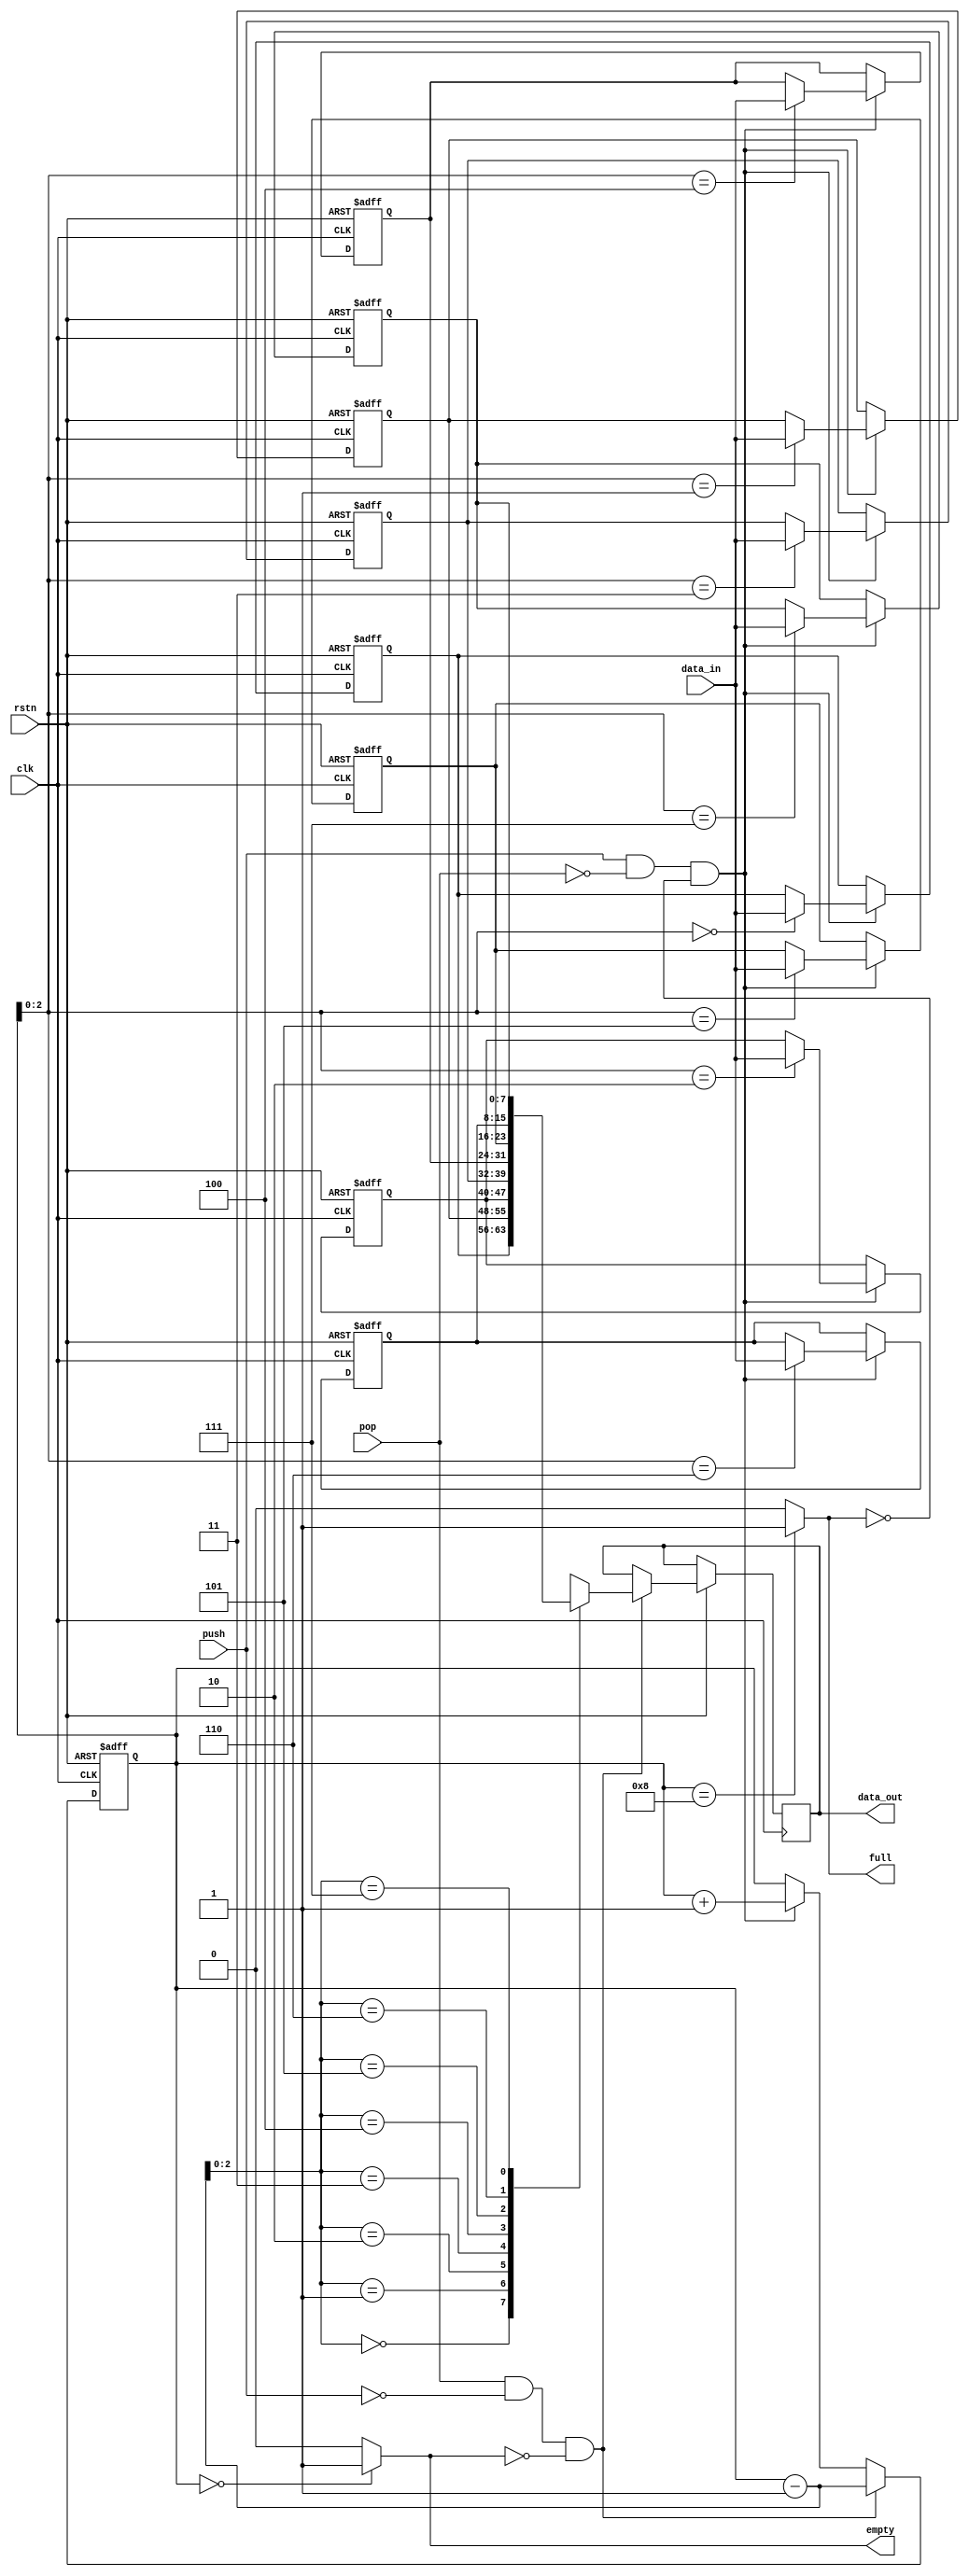
module Stack (rstn,
              data_in,
              push,
              pop,
              clk,
              data_out,
              full,
              empty);
    
    parameter STACK_DEPTH = 8;
    parameter WORD_LEN    = 8;
    
    input wire rstn, push, pop, clk;
    input wire[WORD_LEN-1:0] data_in;
    output full, empty;
    output reg [WORD_LEN-1:0] data_out;
    
    reg[$clog2(STACK_DEPTH):0] stack_ptr;
    reg[WORD_LEN-1:0] memory [0:STACK_DEPTH-1];
    
    assign empty = (stack_ptr == 0) ? 1'b1 : 1'b0;
    assign full  = (stack_ptr == STACK_DEPTH) ? 1'b1 : 1'b0;
    
    wire [WORD_LEN-1:0]top = memory[stack_ptr-1];
    
    // stack reset
    task reset_memory;
        integer i;
        begin
            for (i = 0; i < STACK_DEPTH;i++) begin
                memory[i] <= {WORD_LEN{1'b0}};
            end
            stack_ptr <= 0;
        end
    endtask
    
    always @(posedge clk or negedge rstn) begin
        if (!rstn) begin
            reset_memory;
        end
        else begin
            // pushing into stack
            if (push && !pop && !full) begin
                memory[stack_ptr] <= data_in;
                stack_ptr         <= stack_ptr + 1;
            end
            // pop from stack
            if (pop && !push && !empty) begin
                data_out  <= memory[stack_ptr - 1];
                stack_ptr <= stack_ptr - 1;
            end
        end
        
    end
    
    //debugging
    always @(*)
        $display($time, "\t [STACK] rstn = %b, stack_ptr = %d, top = %d, data_in = %d, push = %b, pop = %b, data_out = %d, full = %b, empty = %b", rstn, stack_ptr, top, data_in, push, pop, data_out, full, empty);
    
endmodule